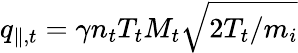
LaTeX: q_{\parallel,t}=\gamma n_{t}T_{t}M_{t}\sqrt{2T_{t}/m_{i}}